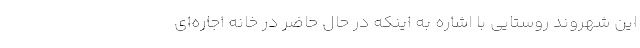
این شهروند روستایی با اشاره به اینکه در حال حاضر در خانه اجاره‌ای